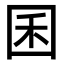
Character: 囷